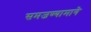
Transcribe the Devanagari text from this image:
समजण्यामागे